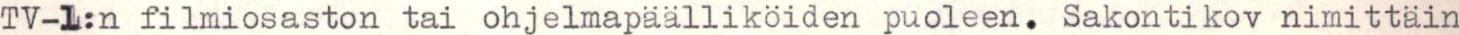
TV-L:n filmiosaston tai ohjelmapäälliköiden puoleen. Sakontikov nimittäin